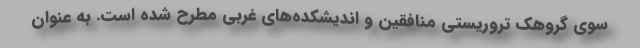
سوی گروهک تروریستی منافقین و اندیشکده‌های غربی مطرح شده است. به عنوان